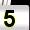
Digit: 5